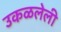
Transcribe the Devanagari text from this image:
उकळलेली